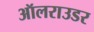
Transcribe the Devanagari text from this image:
ऑलराउडर